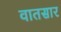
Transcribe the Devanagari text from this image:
वातसार